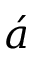
\acute { a }